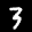
Label: 3